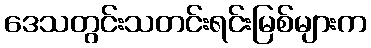
ဒေသတွင်းသတင်းရင်းမြစ်များက